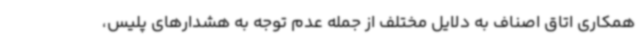
همکاری اتاق اصناف به دلایل مختلف از جمله عدم توجه به هشدارهای پلیس،